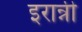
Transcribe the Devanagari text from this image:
इरान्नी